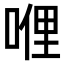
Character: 𠸨